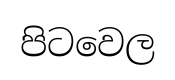
පිටවෙල